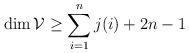
LaTeX: \begin{align*}\dim{\mathcal V}\ge\sum_{i=1}^nj(i)+2n-1\end{align*}